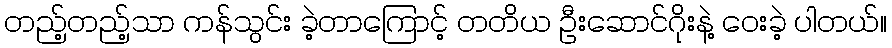
တည့်တည့်သာ ကန်သွင်း ခဲ့တာကြောင့် တတိယ ဦးဆောင်ဂိုးနဲ့ ဝေးခဲ့ ပါတယ်။